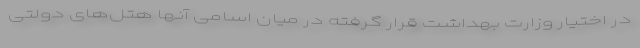
در اختیار وزارت بهداشت قرار گرفته در میان اسامی آنها هتل‌های دولتی